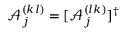
\mathcal { A } _ { j } ^ { ( k l ) } = [ \mathcal { A } _ { j } ^ { ( l k ) } ] ^ { \dagger }